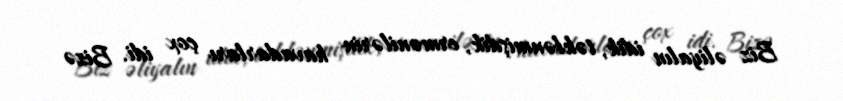
Biz əliyalın idik, təklənmişdik, ermənilərin havadarları çox idi. Bizə